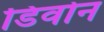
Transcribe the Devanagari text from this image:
डिवोन